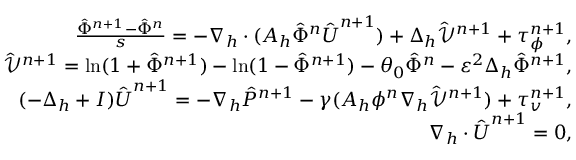
\begin{array} { r l r } & { } & { \frac { \hat { \Phi } ^ { n + 1 } - \hat { \Phi } ^ { n } } { s } = - \nabla _ { h } \cdot ( A _ { h } \hat { \Phi } ^ { n } \hat { \boldsymbol { U } } ^ { n + 1 } ) + \Delta _ { h } \hat { \mathcal { V } } ^ { n + 1 } + \tau _ { \phi } ^ { n + 1 } , } \\ & { } & { \hat { \mathcal { V } } ^ { n + 1 } = \ln ( 1 + \hat { \Phi } ^ { n + 1 } ) - \ln ( 1 - \hat { \Phi } ^ { n + 1 } ) - \theta _ { 0 } \hat { \Phi } ^ { n } - \varepsilon ^ { 2 } \Delta _ { h } \hat { \Phi } ^ { n + 1 } , } \\ & { } & { ( - \Delta _ { h } + I ) \hat { \boldsymbol { U } } ^ { n + 1 } = - \nabla _ { h } \hat { P } ^ { n + 1 } - \gamma ( A _ { h } \phi ^ { n } \nabla _ { h } \hat { \mathcal { V } } ^ { n + 1 } ) + \tau _ { v } ^ { n + 1 } , } \\ & { } & { \nabla _ { h } \cdot \hat { \boldsymbol { U } } ^ { n + 1 } = 0 , } \end{array}